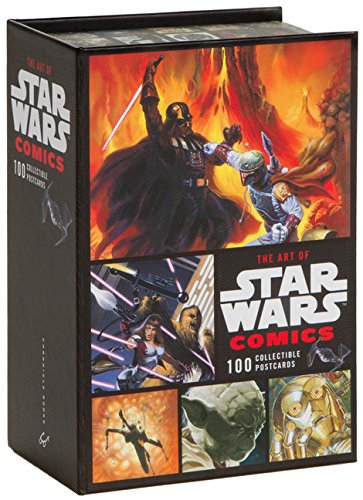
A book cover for The Art of Star Wars Comics: 100 Collectible Postcards; Lucasfilm LTD.; Crafts, Hobbies & Home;